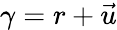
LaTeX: \gamma=r+{\vec{u}}